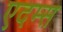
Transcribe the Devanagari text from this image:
एदम्स